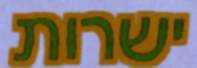
ישרות